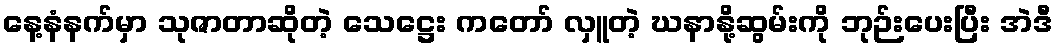
နေ့နံနက်မှာ သုဇာတာဆိုတဲ့ သေဋ္ဌေး ကတော် လှူတဲ့ ဃနာနို့ဆွမ်းကို ဘုဉ်းပေးပြီး အဲဒီ